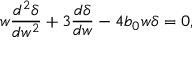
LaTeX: w \frac { d ^ { 2 } \delta } { d w ^ { 2 } } + 3 \frac { d \delta } { d w } - 4 b _ { 0 } w \delta = 0 ,